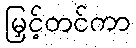
မြှင့်တင်ကာ